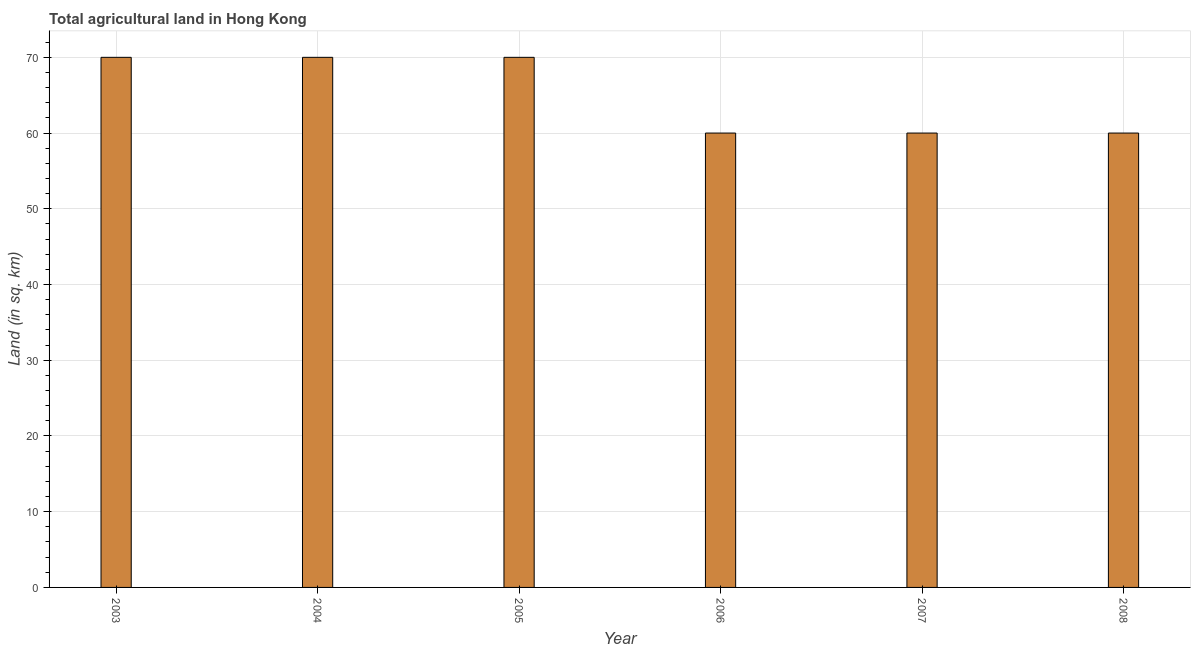
| Year | Agricultural land (sq. km) |
 | --- | --- |
 | 2003 | 70 |
 | 2004 | 70 |
 | 2005 | 70 |
 | 2006 | 60 |
 | 2007 | 60 |
 | 2008 | 60 |